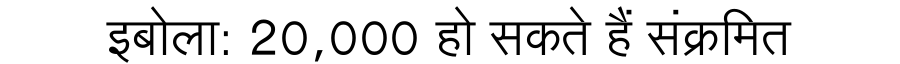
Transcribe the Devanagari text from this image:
इबोला: 20,000 हो सकते हैं संक्रमित